Report on sanitation, dispensaries, and jails in Rajputana for 1918, and on vaccination for the year 1918-1919 - 1918-1919
Year: 1918
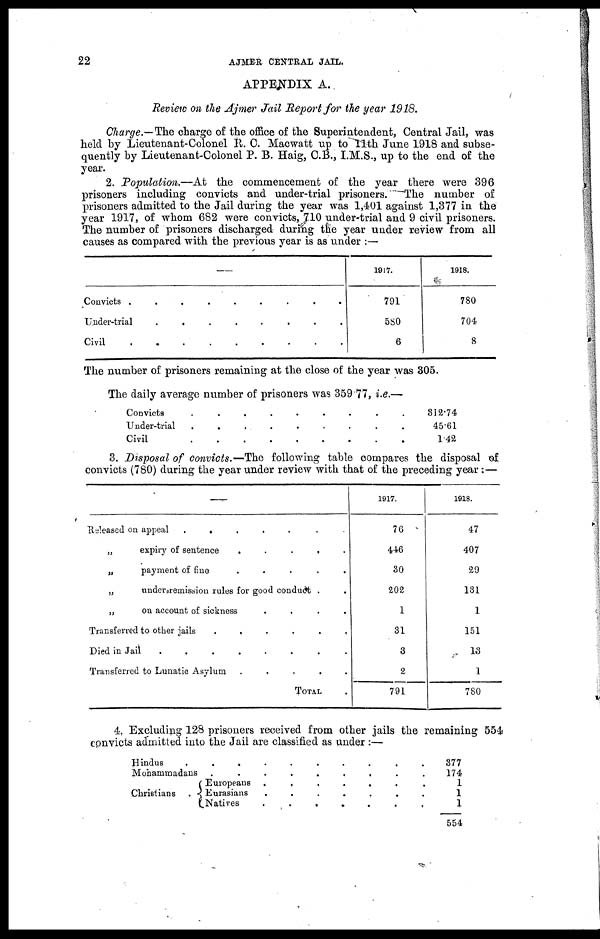
22
AJMER CENTRAL JAIL.
APPENDIX A.
Review on the Ajmer Jail Report for the year 1918.
Charge.—The charge of the office of the Superintendent, Central Jail, was
held by Lieutenant-Colonel R. C. Macwatt up to 11th June 1918 and subse-
quently by Lieutenant-Colonel P. B. Haig, C.B., I.M.S., up to the end of the
year.
2. Population.—At the commencement of the year there were 396
prisoners including convicts and under-trial prisoners. The number of
prisoners admitted to the Jail during the year was 1,401 against 1,377 in the
year 1917, of whom 682 were convicts, 710 under-trial and 9 civil prisoners.
The number of prisoners discharged during the year under review from all
causes as compared with the previous year is as under :—
—
Convicts .........
Under-trial
........
Civil
.........
1917.
791
580
6
1918.
780
704
8
The number of prisoners remaining at the close of the year was 305.
The daily average number of prisoners was 359 77, i.e.—
Convicts
.........
Under-trial
.........
Civil
.........
312.74
45.61
1.42
3. Disposal of convicts.—The following table compares the disposal of
convicts (780) during the year under review with that of the preceding year:—
—
Released on appeal
.......
„
expiry of sentence
.....
„
payment of
fine
.....
„
under remission rules for good conduct ..
„
on account of sickness
....
Transferred to other jails
......
Died in Jail
........
Transferred to Lunatic Asylum
.....
TOTAL .
1917.
76
446
30
202
1
31
3
2
791
1918.
47
407
29
131
1
151
13
1
780
4, Excluding 128 prisoners received from other jails the remaining 554
convicts admitted into the Jail are classified as under :—
Hindus
..........
Mohammadans
.........
Christians .
Europeans
......
Eurasians
.......
Natives
.......
377
174
1
1
1
554